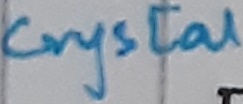
Text: Crystal